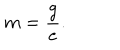
m = \frac { g } { e } .